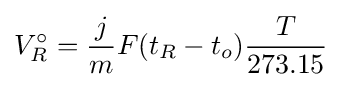
V_{R}^{\circ }={\frac {j}{m}}F(t_{R}-t_{o}){\frac {T}{273.15}}